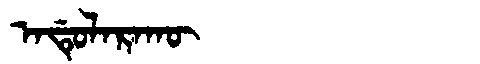
Manchu: ᠠᡩᡠᠯᠠᡵᠠᡴᡡ
Romanization: ADULARAKŪ